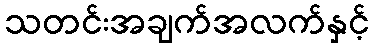
သတင်းအချက်အလက်နှင့်